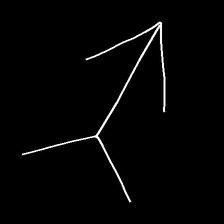
Glyph: gather